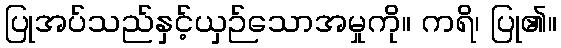
ပြုအပ်သည်နှင့်ယှဉ်သောအမှုကို။ ကရိ၊ ပြု၏။